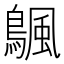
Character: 𬷣